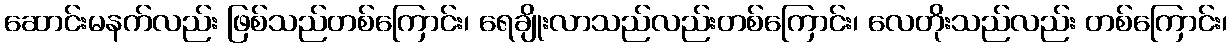
ဆောင်းမနက်လည်း ဖြစ်သည်တစ်ကြောင်း၊ ရေချိုးလာသည်လည်းတစ်ကြောင်း၊ လေတိုးသည်လည်း တစ်ကြောင်း၊